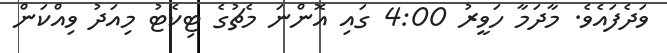
ވަދެފައެވެ. މާދަމާ ހަވީރު 4:00 ގައި އޮންނަ މެޗުގެ ޓިކެޓު މިއަދު ވިއްކަން